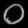
Digit: ၀